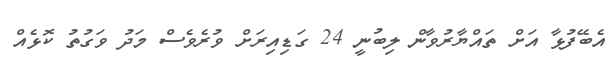
އެބޭފުޅާ އަށް ތައްޔާރުވާން ލިބުނީ 24 ގަޑިއިރަށް ވުރެވެސް މަދު ވަގުތު ކޮޅެއް